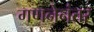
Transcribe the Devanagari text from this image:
गणनेनंतर